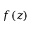
f ( z )